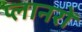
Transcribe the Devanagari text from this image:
प्लानरों